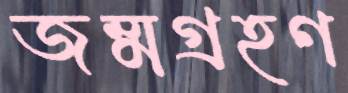
জম্মগ্রহণ